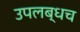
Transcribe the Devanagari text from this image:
उपलब्धच